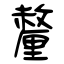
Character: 釐